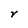
Character: r